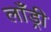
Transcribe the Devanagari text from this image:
लाँड्री